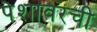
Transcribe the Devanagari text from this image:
पेशावरची